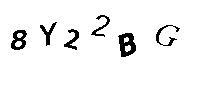
8Y22BG